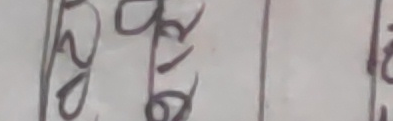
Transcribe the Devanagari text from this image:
२०७७